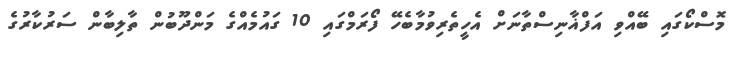
މޮސްކޯގައި ބޭއްވި އަފްޣާނިސްތާނަށް އެހީތެރިވުމާބެހޭ ފޯރަމްގައި 10 ގައުމެއްގެ މަންދޫބުން ތާލިބާން ސަރުކާރުގެ